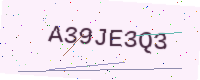
Text: A39JE3Q3